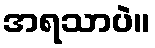
အရသာပဲ။